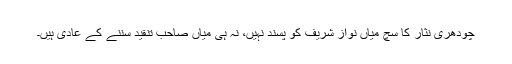
چودھری نثار کا سچ میاں نواز شریف کو پسند نہیں، نہ ہی میاں صاحب تنقید سننے کے عادی ہیں۔